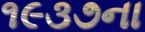
૧૯૩૭ના